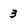
Character: 3